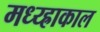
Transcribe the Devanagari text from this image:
मध्य्ह्राकाल